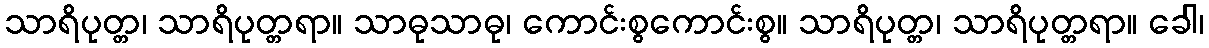
သာရိပုတ္တ၊ သာရိပုတ္တရာ။ သာဓုသာဓု၊ ကောင်းစွကောင်းစွ။ သာရိပုတ္တ၊ သာရိပုတ္တရာ။ ခေါ၊